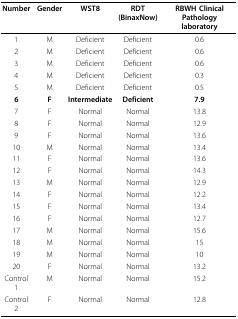
<table><thead><tr><td><b>Number</b></td><td><b>Gender</b></td><td><b>WST8</b></td><td><b>RDT(BinaxNow)</b></td><td><b>RBWH ClinicalPathology laboratory</b></td></tr></thead><tbody><tr><td>1</td><td>M</td><td>Deficient</td><td>Deficient</td><td>0.6</td></tr><tr><td>2</td><td>M</td><td>Deficient</td><td>Deficient</td><td>0.6</td></tr><tr><td>3</td><td>M</td><td>Deficient</td><td>Deficient</td><td>0.6</td></tr><tr><td>4</td><td>M</td><td>Deficient</td><td>Deficient</td><td>0.3</td></tr><tr><td>5</td><td>M</td><td>Deficient</td><td>Deficient</td><td>0.5</td></tr><tr><td><b>6</b></td><td><b>F</b></td><td><b>Intermediate</b></td><td><b>Deficient</b></td><td><b>7.9</b></td></tr><tr><td>7</td><td>F</td><td>Normal</td><td>Normal</td><td>13.8</td></tr><tr><td>8</td><td>F</td><td>Normal</td><td>Normal</td><td>12.9</td></tr><tr><td>9</td><td>F</td><td>Normal</td><td>Normal</td><td>13.6</td></tr><tr><td>10</td><td>M</td><td>Normal</td><td>Normal</td><td>13.4</td></tr><tr><td>11</td><td>F</td><td>Normal</td><td>Normal</td><td>13.6</td></tr><tr><td>12</td><td>F</td><td>Normal</td><td>Normal</td><td>14.3</td></tr><tr><td>13</td><td>M</td><td>Normal</td><td>Normal</td><td>12.9</td></tr><tr><td>14</td><td>F</td><td>Normal</td><td>Normal</td><td>12.2</td></tr><tr><td>15</td><td>F</td><td>Normal</td><td>Normal</td><td>13.4</td></tr><tr><td>16</td><td>F</td><td>Normal</td><td>Normal</td><td>12.7</td></tr><tr><td>17</td><td>M</td><td>Normal</td><td>Normal</td><td>15.6</td></tr><tr><td>18</td><td>M</td><td>Normal</td><td>Normal</td><td>15</td></tr><tr><td>19</td><td>M</td><td>Normal</td><td>Normal</td><td>10</td></tr><tr><td>20</td><td>F</td><td>Normal</td><td>Normal</td><td>13.2</td></tr><tr><td>Control 1</td><td>M</td><td>Normal</td><td>Normal</td><td>15.2</td></tr><tr><td>Control 2</td><td>F</td><td>Normal</td><td>Normal</td><td>12.8</td></tr></tbody></table>